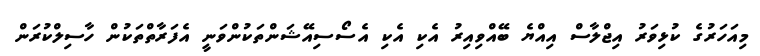
މިއަހަރުގެ ކުޅިވަރު އިޖްލާސް އިއްޔެ ބޭއްވިއިރު އެކި އެކި އެސޯސިއޭޝަންތަކުންވަނީ އެފަރާތްތަކުން ހާސިލްކުރަން